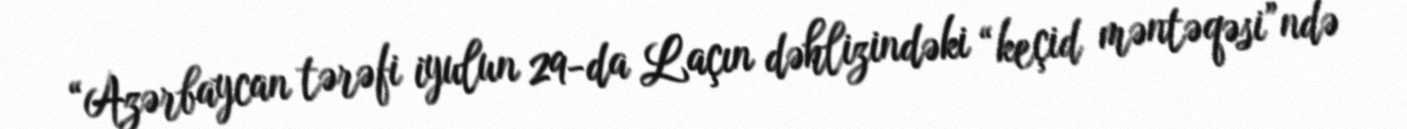
“Azərbaycan tərəfi iyulun 29-da Laçın dəhlizindəki “keçid məntəqəsi”ndə